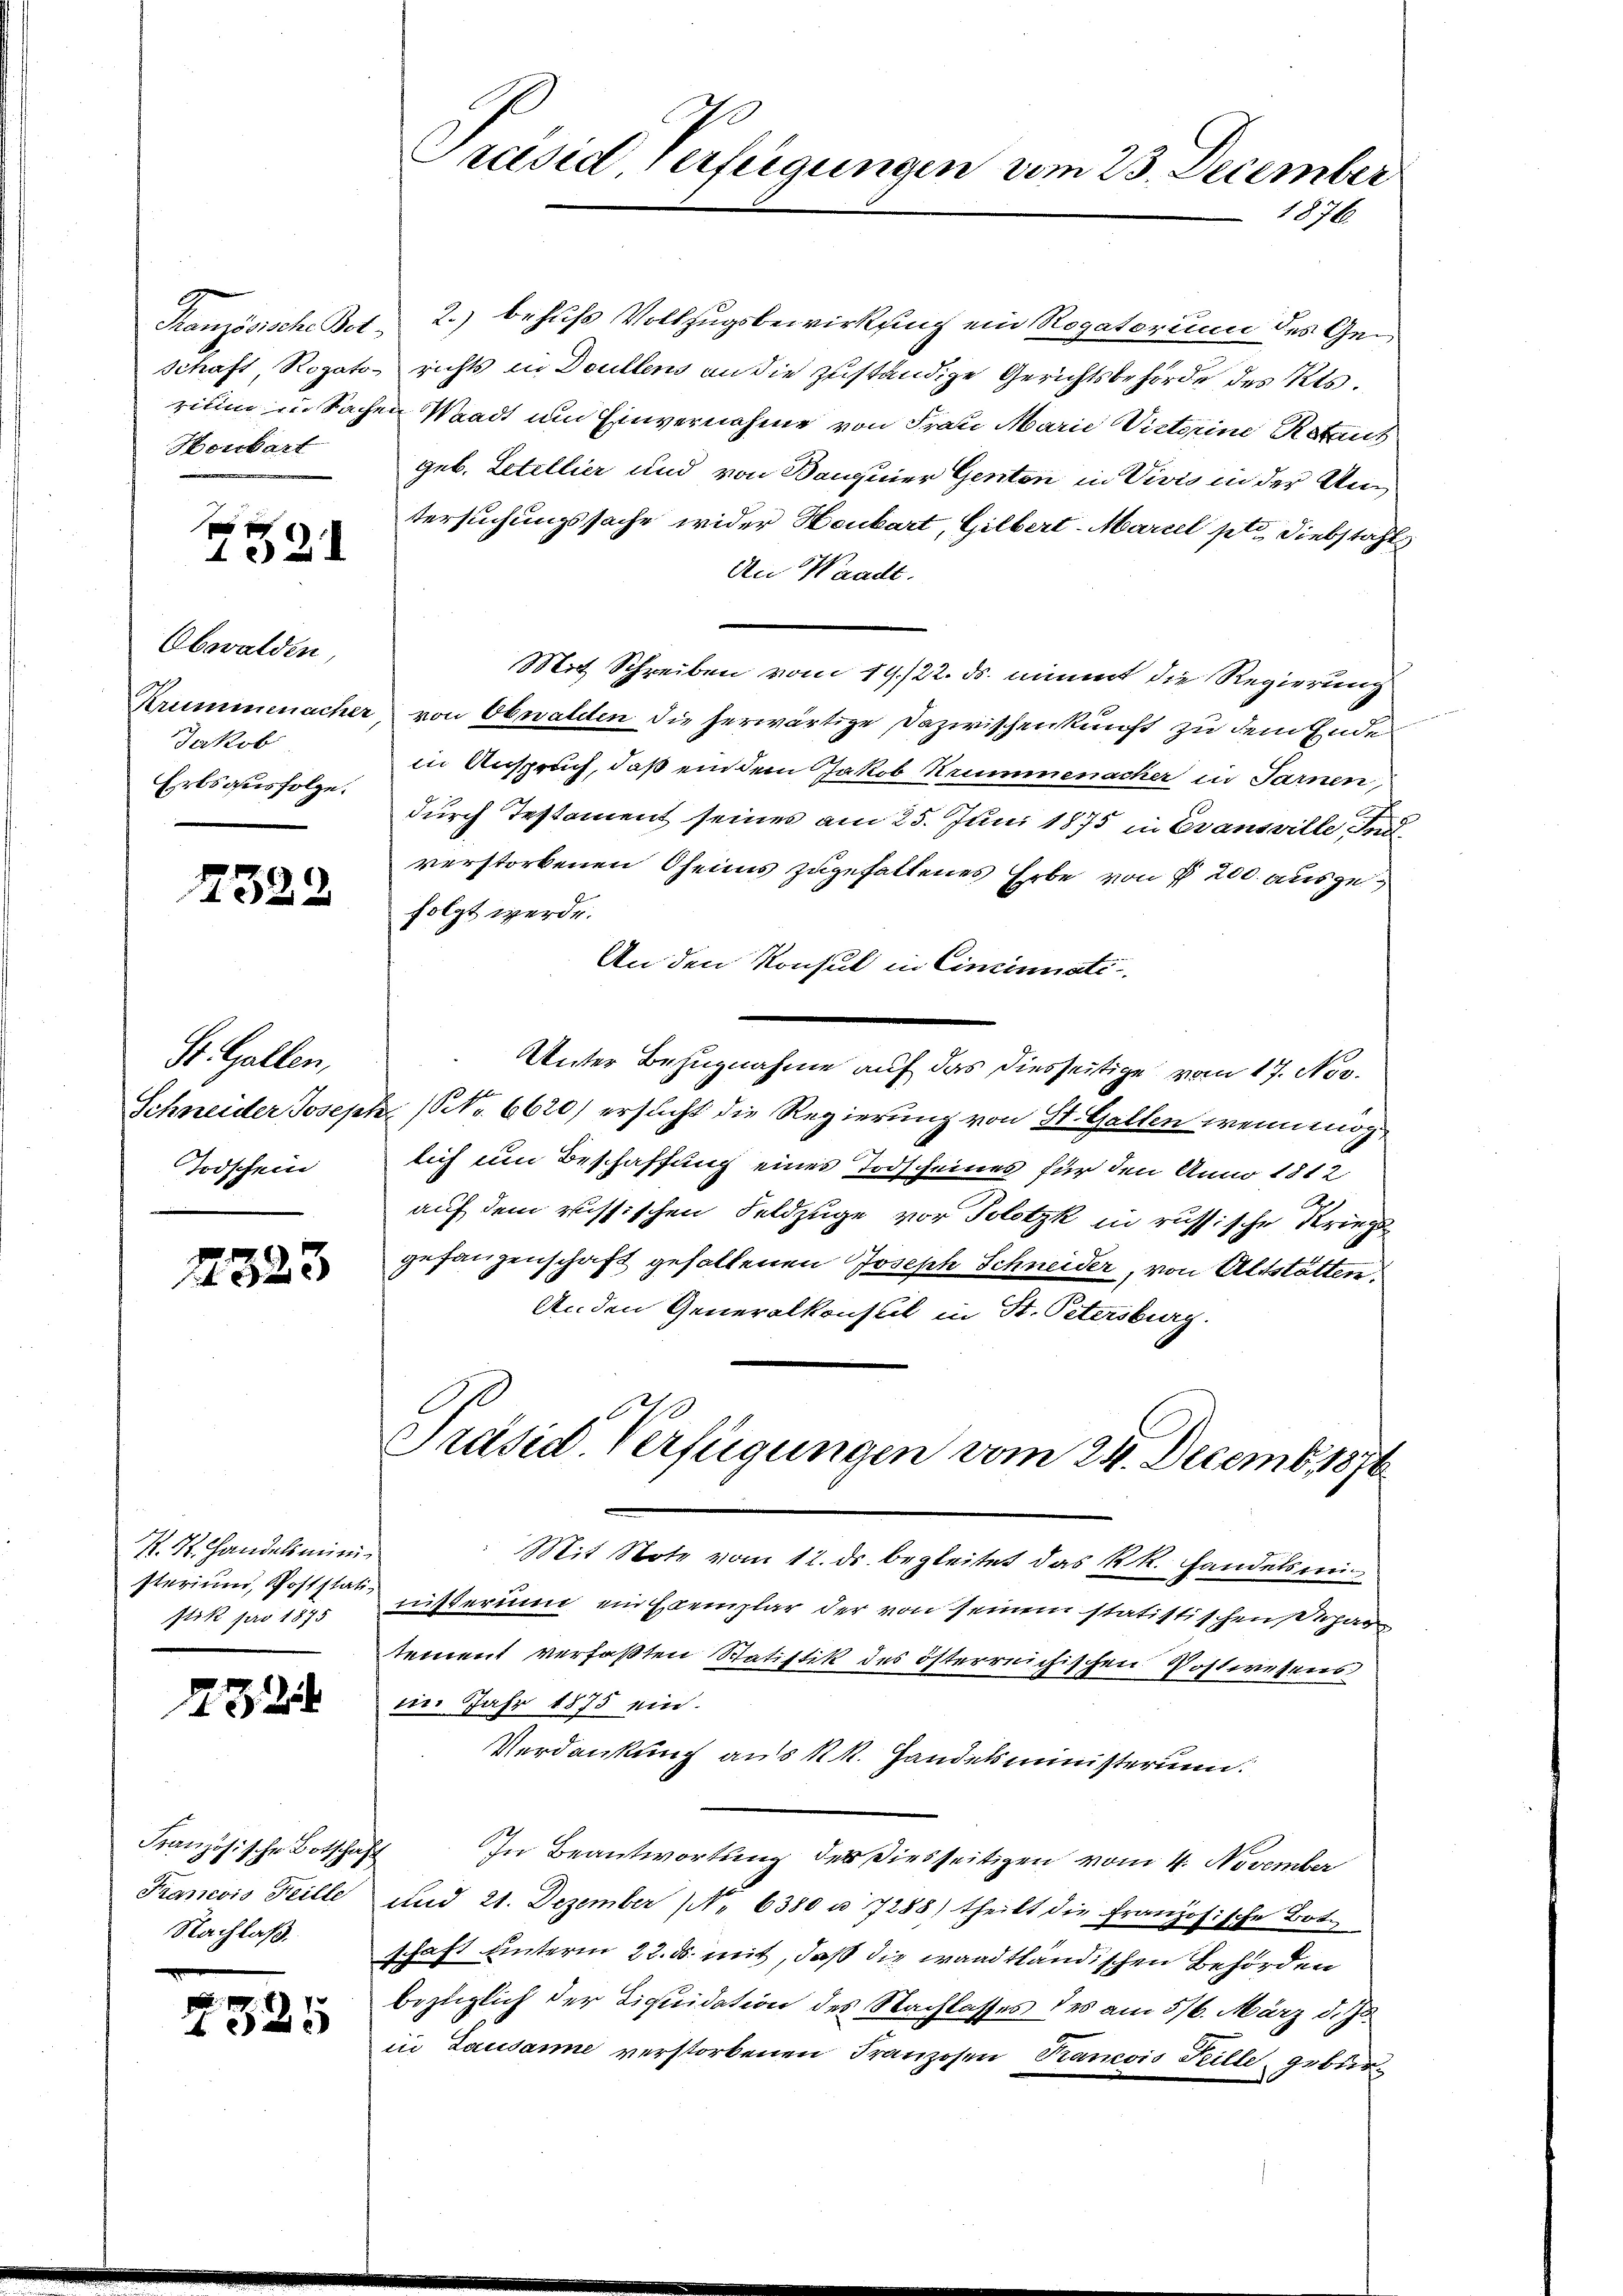
Honbart

102

Obwalden,
Jakob
Erbsausfolge.

1322

St. Gallen,
Schneider Josep
Todschein

1323

R. R. Handelsministerium, Poststatt
stik pro 1875

232

Französische Botschaft
Krancois Heille
Nachlaß.

2325

Ranzösische Bet 2.) behufs Vollzugsbewirkung ein Rogatorium des Gei
schaft, Rogato- richts in Doullens an die zuständige Gerichtsbehörde des Kts.
rium in Sachen Waadt um Einvernahme von Frau Marie Victorine Rotant
geb. Letellier und von Banquier Genten in Vivio in der Untersuchungssache wider Heubart, Gilbert-Marcel pt. Diebstahls
An Waadt.
Mit Schreiben vom 19/22. ds. nimmt die Regierung
Krummmenacher, von Obwalden die herwärtige Dazwischenkunft zu dem Ende
in Anspruch, daß ein dem Jakob Krummenacher in Sarnen,
durch Testament seines am 25. Juni 1875 in Evansville d
verstorbenen Oheims zugefaltenes Erbe von § 200 auszufolgt werde.
An den Konsul in Cincinati
Unter Bezugnahme auf das diesseitige vom 17. Nov.
 (NNo. 6620) ersucht die Regierung von St. Gallen wenn möglich um Beschaffung eines Todscheines für den Anno 1812
auf dem russischen Feldzüge vor Solotzk in russische Kriegs-
gefangenschaft gefallenen Joseph Schneider, von Altstätten,
Anden Generalkonsul in St. Petersburg.
I.

e
Präsid Verfügungen vom 23. December
1876.

Präsid. Verfügungen vom 24. Decemb. 1876

Mit Note vom 11. ds. begleitet das kk. Handelsmi
nisterum ein Exemplar der von seinem statistischen Depar
tement verfaßten Statistik des österreichischen Postwesens
im Jahr 1875 ein.
Verdankung aus k k. Handelsministerium.
In Beantwortung der Diesseitigen vom 4. November
und 21. Dezember No 6380 u. 7288) theilt die Französische Bot
schaft unterm 22. ds. mit, daß die waadtländischen Behörden
bezüglich der Liquidation des Nachlasses des am 516. März d. Js.
in Lausanne verstorbenen Franzosen Rancois Teille, gebür¬